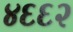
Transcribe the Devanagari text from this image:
४६६२